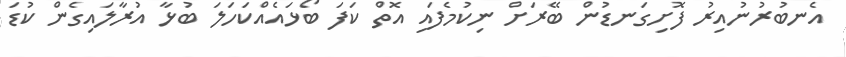
އެނބުރުނުއިރު ފޮށިގަނޑުން ބޭރަށް ނިކުމެފައި އޮތް ކަފަ ބޯޅައެއްކަހަލަ ބުޅާ އުރާލައިގެން ކުޑަ